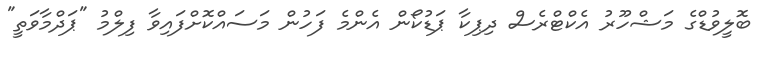
ބޮލީވުޑްގެ މަޝްހޫރު އެކްޓްރެސް ދިޕިކާ ޕަޑުކޯން އެންމެ ފަހުން މަސައްކޮށްފައިވާ ފިލްމު "ޕަދްމާވަތީ"